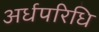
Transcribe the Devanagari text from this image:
अर्धपरिधि